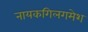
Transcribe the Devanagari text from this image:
नायकगिलगमेश